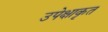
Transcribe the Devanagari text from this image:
उपेक्षाकृत